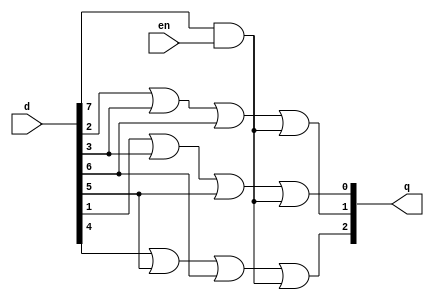
// Priority Encoder using Data flow modelling
module prior_en_df(en, d, q);
  //declaring input
  input en;
  input [7:0]d;
  //declaring output
  output [2:0]q;
  //assigning the output 
  assign q[2] = d[4] | d[5] | d[6] | d[7]&en;
  assign q[1] = d[2] | d[3] | d[6] | d[7]&en;
  assign q[0] = d[1] | d[3] | d[5] | d[7]&en;
endmodule